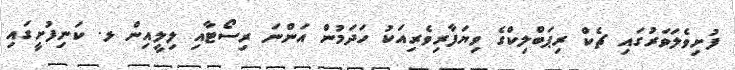
ފުށިވެލަވަރުގައި ޗެކް ރިޕަބްލިކްގެ ވިޔަފާރިވެރިއަކު ހަދަމުން އަންނަ ރިސޯޓާއި ލިލީއިން ޅ. ކަނިފުށީގައި